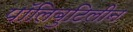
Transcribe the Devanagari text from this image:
पॉलिबुटिलीन